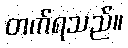
တက်ရသည်။